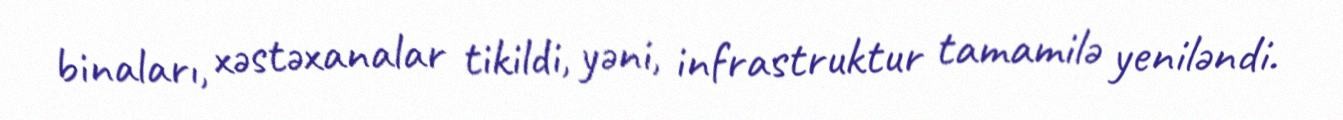
binaları, xəstəxanalar tikildi, yəni, infrastruktur tamamilə yeniləndi.